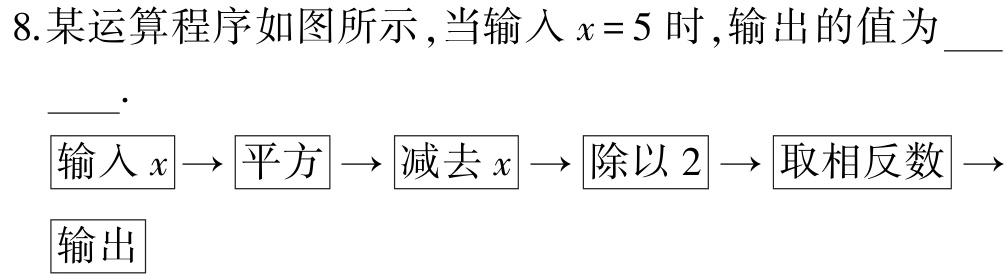
8.某运算程序如图所示 ,当输入\(x = 5\)时 ,输出的值为____.

\(\boxed{输入x}\to\boxed{平方}\to\boxed{减去x}\to\boxed{除以2}\to\boxed{取相反数}\to\boxed{输出}\)